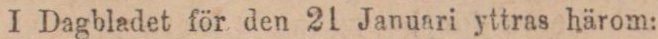
I Dagbladet för den 21 Januari yttras härom: